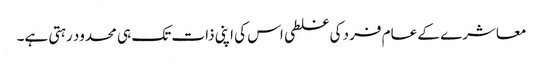
معاشرے کے عام فرد کی غلطی اس کی اپنی ذات تک ہی محدود رہتی ہے۔